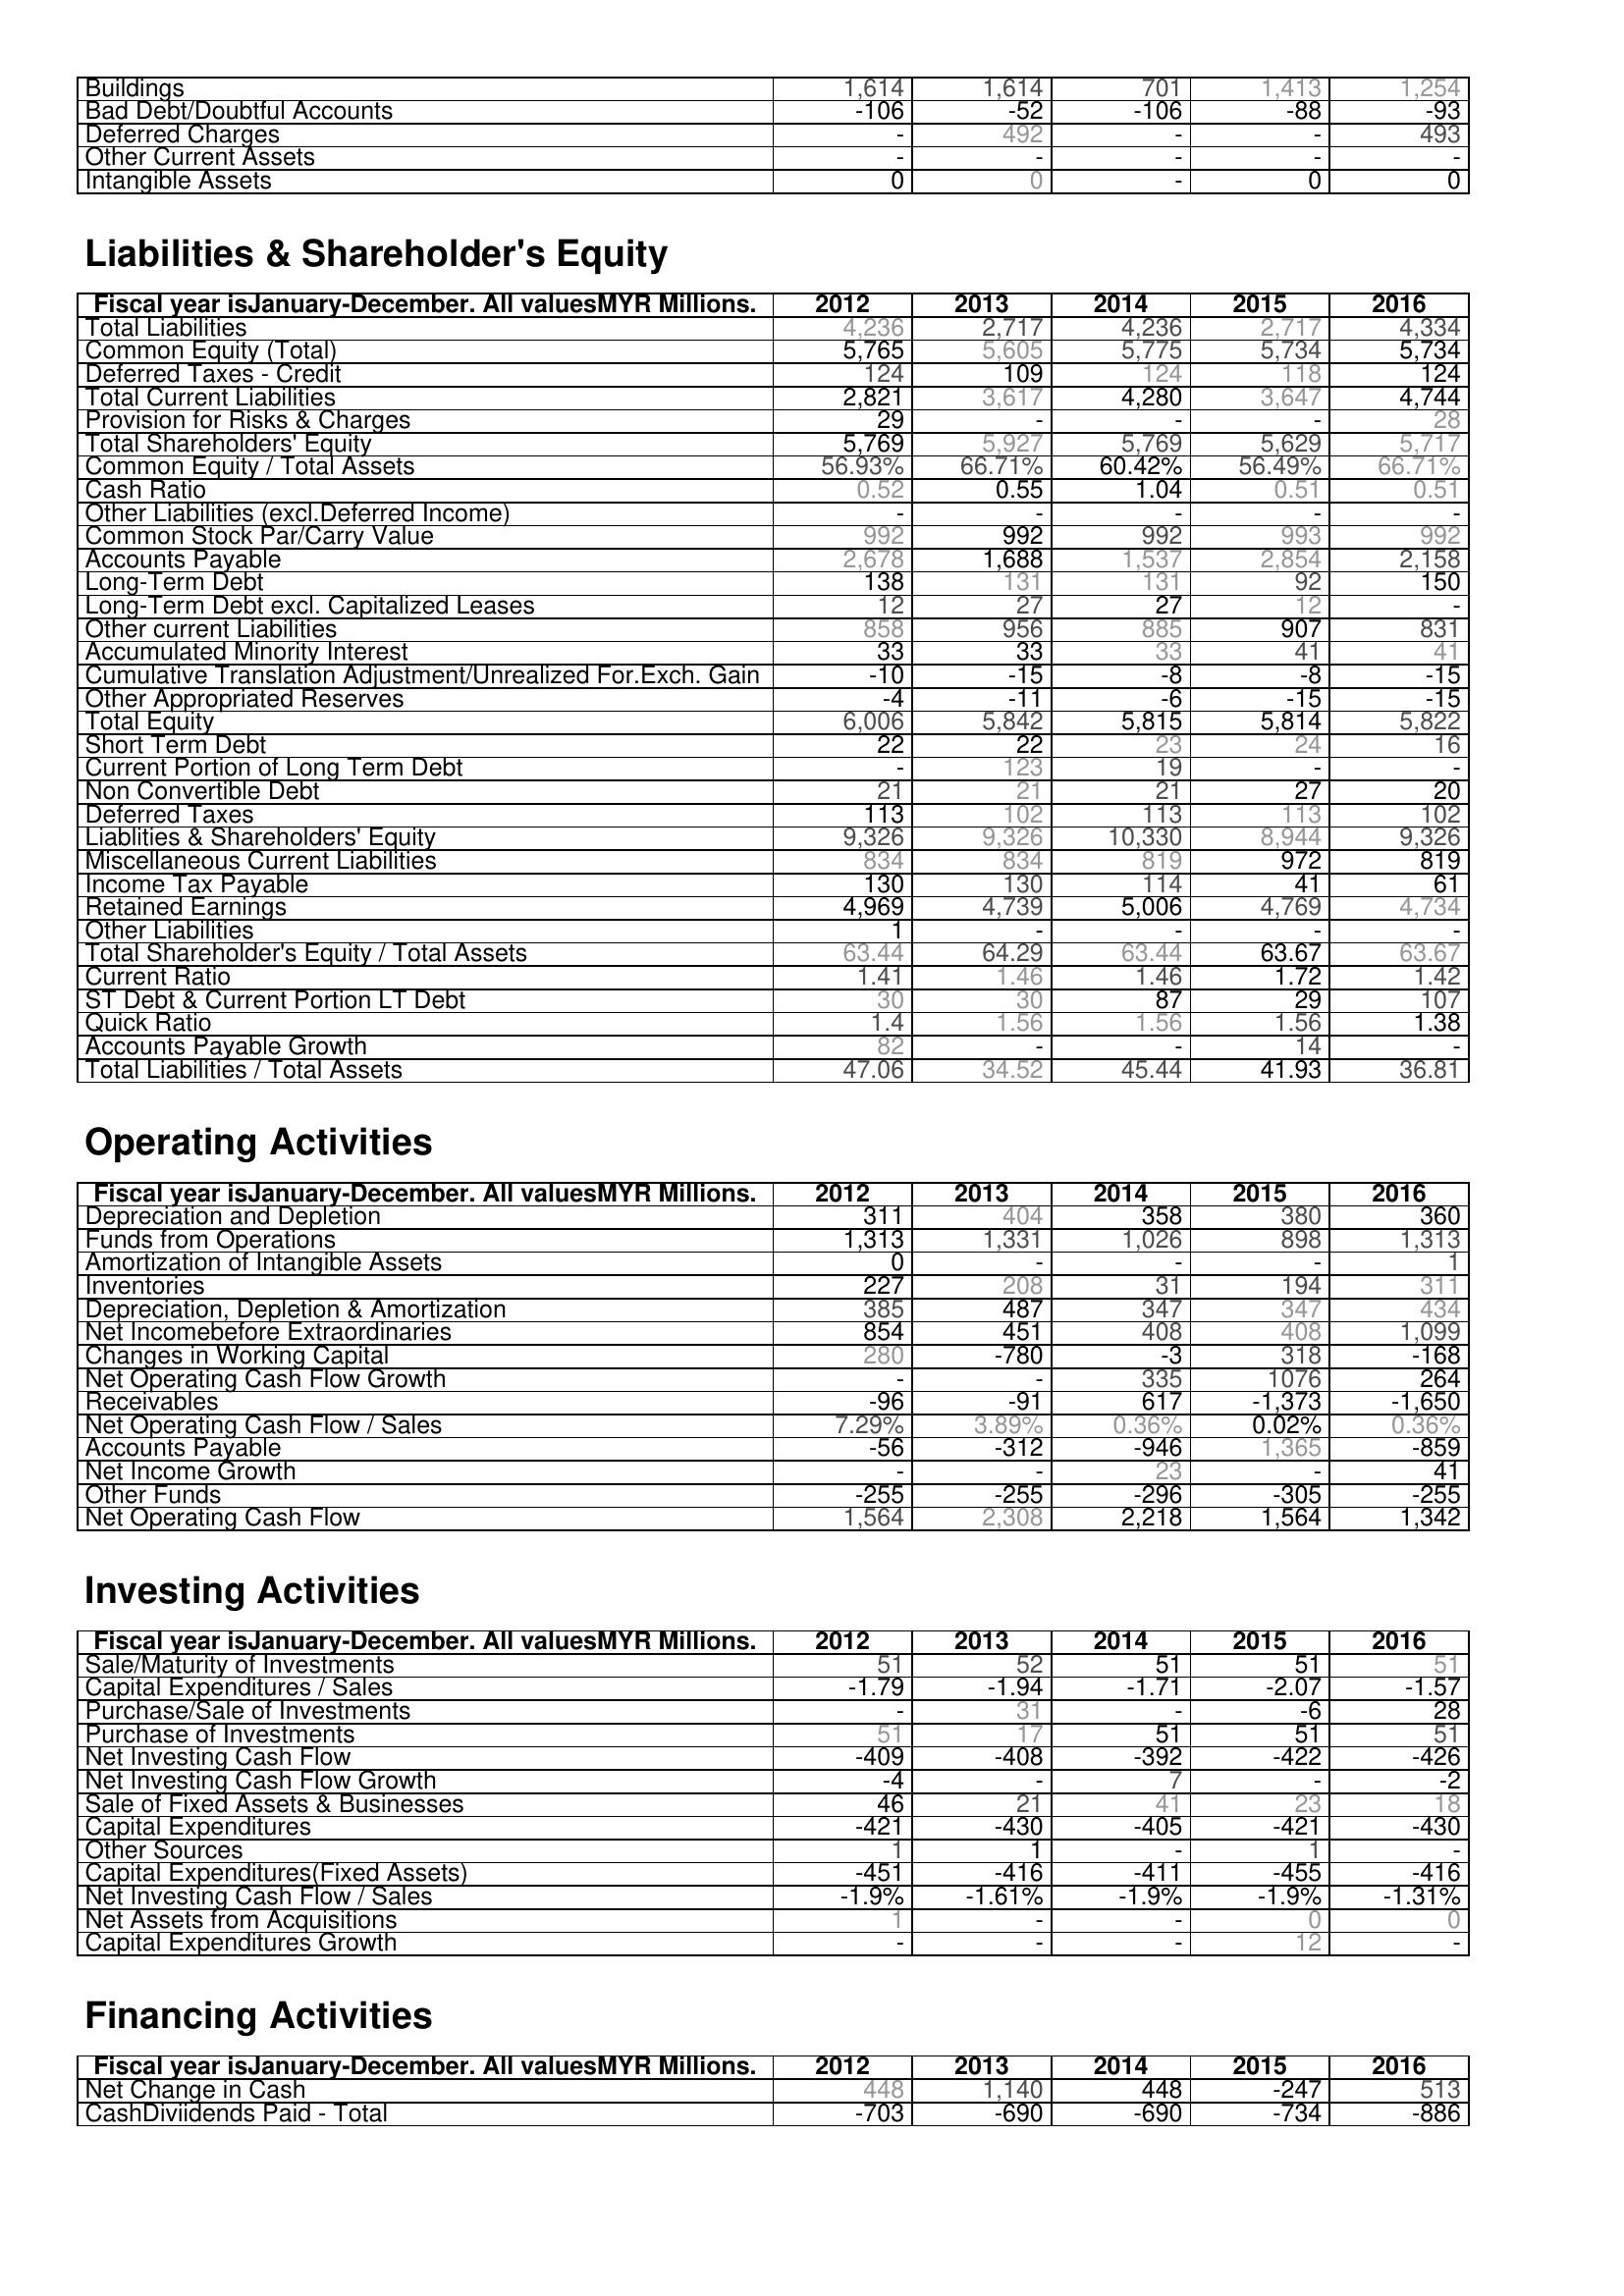
2012: Assets: Buildings: 1,614
Bad Debt/Doubtful Accounts: -106
Deferred Charges: -
Other Current Assets: -
Intangible Assets: 0
Liabilities & Shareholder's Equity: Total Liabilities: 4,236
Common Equity (Total): 5,765
Deferred Taxes - Credit: 124
Total Current Liabilities: 2,821
Provision for Risks & Charges: 29
Total Shareholders' Equity: 5,769
Common Equity / Total Assets: 56.93%
Cash Ratio: 0.52
Other Liabilities (excl.Deferred Income): -
Common Stock Par/Carry Value: 992
Accounts Payable: 2,678
Long-Term Debt: 138
Long-Term Debt excl. Capitalized Leases: 12
Other current Liabilities: 858
Accumulated Minority Interest: 33
Cumulative Translation Adjustment/Unrealized For.Exch. Gain: -10
Other Appropriated Reserves: -4
Total Equity: 6,006
Short Term Debt: 22
Current Portion of Long Term Debt: -
Non Convertible Debt: 21
Deferred Taxes: 113
Liablities & Shareholders' Equity: 9,326
Miscellaneous Current Liabilities: 834
Income Tax Payable: 130
Retained Earnings: 4,969
Other Liabilities: 1
Total Shareholder's Equity / Total Assets: 63.44
Current Ratio: 1.41
ST Debt & Current Portion LT Debt: 30
Quick Ratio: 1.4
Accounts Payable Growth: 82
Total Liabilities / Total Assets: 47.06
Operating Activities: Depreciation and Depletion: 311
Funds from Operations: 1,313
Amortization of Intangible Assets: 0
Inventories: 227
Depreciation, Depletion & Amortization: 385
Net Incomebefore Extraordinaries: 854
Changes in Working Capital: 280
Net Operating Cash Flow Growth: -
Receivables: -96
Net Operating Cash Flow / Sales: 7.29%
Accounts Payable: -56
Net Income Growth: -
Other Funds: -255
Net Operating Cash Flow: 1,564
Investing Activities: Sale/Maturity of Investments: 51
Capital Expenditures / Sales: -1.79
Purchase/Sale of Investments: -
Purchase of Investments: 51
Net Investing Cash Flow: -409
Net Investing Cash Flow Growth: -4
Sale of Fixed Assets & Businesses: 46
Capital Expenditures: -421
Other Sources: 1
Capital Expenditures(Fixed Assets): -451
Net Investing Cash Flow / Sales: -1.9%
Net Assets from Acquisitions: 1
Capital Expenditures Growth: -
Financing Activities: Net Change in Cash: 448
CashDiviidends Paid - Total: -703
2013: Assets: Buildings: 1,614
Bad Debt/Doubtful Accounts: -52
Deferred Charges: 492
Other Current Assets: -
Intangible Assets: 0
Liabilities & Shareholder's Equity: Total Liabilities: 2,717
Common Equity (Total): 5,605
Deferred Taxes - Credit: 109
Total Current Liabilities: 3,617
Provision for Risks & Charges: -
Total Shareholders' Equity: 5,927
Common Equity / Total Assets: 66.71%
Cash Ratio: 0.55
Other Liabilities (excl.Deferred Income): -
Common Stock Par/Carry Value: 992
Accounts Payable: 1,688
Long-Term Debt: 131
Long-Term Debt excl. Capitalized Leases: 27
Other current Liabilities: 956
Accumulated Minority Interest: 33
Cumulative Translation Adjustment/Unrealized For.Exch. Gain: -15
Other Appropriated Reserves: -11
Total Equity: 5,842
Short Term Debt: 22
Current Portion of Long Term Debt: 123
Non Convertible Debt: 21
Deferred Taxes: 102
Liablities & Shareholders' Equity: 9,326
Miscellaneous Current Liabilities: 834
Income Tax Payable: 130
Retained Earnings: 4,739
Other Liabilities: -
Total Shareholder's Equity / Total Assets: 64.29
Current Ratio: 1.46
ST Debt & Current Portion LT Debt: 30
Quick Ratio: 1.56
Accounts Payable Growth: -
Total Liabilities / Total Assets: 34.52
Operating Activities: Depreciation and Depletion: 404
Funds from Operations: 1,331
Amortization of Intangible Assets: -
Inventories: 208
Depreciation, Depletion & Amortization: 487
Net Incomebefore Extraordinaries: 451
Changes in Working Capital: -780
Net Operating Cash Flow Growth: -
Receivables: -91
Net Operating Cash Flow / Sales: 3.89%
Accounts Payable: -312
Net Income Growth: -
Other Funds: -255
Net Operating Cash Flow: 2,308
Investing Activities: Sale/Maturity of Investments: 52
Capital Expenditures / Sales: -1.94
Purchase/Sale of Investments: 31
Purchase of Investments: 17
Net Investing Cash Flow: -408
Net Investing Cash Flow Growth: -
Sale of Fixed Assets & Businesses: 21
Capital Expenditures: -430
Other Sources: 1
Capital Expenditures(Fixed Assets): -416
Net Investing Cash Flow / Sales: -1.61%
Net Assets from Acquisitions: -
Capital Expenditures Growth: -
Financing Activities: Net Change in Cash: 1,140
CashDiviidends Paid - Total: -690
2014: Assets: Buildings: 701
Bad Debt/Doubtful Accounts: -106
Deferred Charges: -
Other Current Assets: -
Intangible Assets: -
Liabilities & Shareholder's Equity: Total Liabilities: 4,236
Common Equity (Total): 5,775
Deferred Taxes - Credit: 124
Total Current Liabilities: 4,280
Provision for Risks & Charges: -
Total Shareholders' Equity: 5,769
Common Equity / Total Assets: 60.42%
Cash Ratio: 1.04
Other Liabilities (excl.Deferred Income): -
Common Stock Par/Carry Value: 992
Accounts Payable: 1,537
Long-Term Debt: 131
Long-Term Debt excl. Capitalized Leases: 27
Other current Liabilities: 885
Accumulated Minority Interest: 33
Cumulative Translation Adjustment/Unrealized For.Exch. Gain: -8
Other Appropriated Reserves: -6
Total Equity: 5,815
Short Term Debt: 23
Current Portion of Long Term Debt: 19
Non Convertible Debt: 21
Deferred Taxes: 113
Liablities & Shareholders' Equity: 10,330
Miscellaneous Current Liabilities: 819
Income Tax Payable: 114
Retained Earnings: 5,006
Other Liabilities: -
Total Shareholder's Equity / Total Assets: 63.44
Current Ratio: 1.46
ST Debt & Current Portion LT Debt: 87
Quick Ratio: 1.56
Accounts Payable Growth: -
Total Liabilities / Total Assets: 45.44
Operating Activities: Depreciation and Depletion: 358
Funds from Operations: 1,026
Amortization of Intangible Assets: -
Inventories: 31
Depreciation, Depletion & Amortization: 347
Net Incomebefore Extraordinaries: 408
Changes in Working Capital: -3
Net Operating Cash Flow Growth: 335
Receivables: 617
Net Operating Cash Flow / Sales: 0.36%
Accounts Payable: -946
Net Income Growth: 23
Other Funds: -296
Net Operating Cash Flow: 2,218
Investing Activities: Sale/Maturity of Investments: 51
Capital Expenditures / Sales: -1.71
Purchase/Sale of Investments: -
Purchase of Investments: 51
Net Investing Cash Flow: -392
Net Investing Cash Flow Growth: 7
Sale of Fixed Assets & Businesses: 41
Capital Expenditures: -405
Other Sources: -
Capital Expenditures(Fixed Assets): -411
Net Investing Cash Flow / Sales: -1.9%
Net Assets from Acquisitions: -
Capital Expenditures Growth: -
Financing Activities: Net Change in Cash: 448
CashDiviidends Paid - Total: -690
2015: Assets: Buildings: 1,413
Bad Debt/Doubtful Accounts: -88
Deferred Charges: -
Other Current Assets: -
Intangible Assets: 0
Liabilities & Shareholder's Equity: Total Liabilities: 2,717
Common Equity (Total): 5,734
Deferred Taxes - Credit: 118
Total Current Liabilities: 3,647
Provision for Risks & Charges: -
Total Shareholders' Equity: 5,629
Common Equity / Total Assets: 56.49%
Cash Ratio: 0.51
Other Liabilities (excl.Deferred Income): -
Common Stock Par/Carry Value: 993
Accounts Payable: 2,854
Long-Term Debt: 92
Long-Term Debt excl. Capitalized Leases: 12
Other current Liabilities: 907
Accumulated Minority Interest: 41
Cumulative Translation Adjustment/Unrealized For.Exch. Gain: -8
Other Appropriated Reserves: -15
Total Equity: 5,814
Short Term Debt: 24
Current Portion of Long Term Debt: -
Non Convertible Debt: 27
Deferred Taxes: 113
Liablities & Shareholders' Equity: 8,944
Miscellaneous Current Liabilities: 972
Income Tax Payable: 41
Retained Earnings: 4,769
Other Liabilities: -
Total Shareholder's Equity / Total Assets: 63.67
Current Ratio: 1.72
ST Debt & Current Portion LT Debt: 29
Quick Ratio: 1.56
Accounts Payable Growth: 14
Total Liabilities / Total Assets: 41.93
Operating Activities: Depreciation and Depletion: 380
Funds from Operations: 898
Amortization of Intangible Assets: -
Inventories: 194
Depreciation, Depletion & Amortization: 347
Net Incomebefore Extraordinaries: 408
Changes in Working Capital: 318
Net Operating Cash Flow Growth: 1076
Receivables: -1,373
Net Operating Cash Flow / Sales: 0.02%
Accounts Payable: 1,365
Net Income Growth: -
Other Funds: -305
Net Operating Cash Flow: 1,564
Investing Activities: Sale/Maturity of Investments: 51
Capital Expenditures / Sales: -2.07
Purchase/Sale of Investments: -6
Purchase of Investments: 51
Net Investing Cash Flow: -422
Net Investing Cash Flow Growth: -
Sale of Fixed Assets & Businesses: 23
Capital Expenditures: -421
Other Sources: 1
Capital Expenditures(Fixed Assets): -455
Net Investing Cash Flow / Sales: -1.9%
Net Assets from Acquisitions: 0
Capital Expenditures Growth: 12
Financing Activities: Net Change in Cash: -247
CashDiviidends Paid - Total: -734
2016: Assets: Buildings: 1,254
Bad Debt/Doubtful Accounts: -93
Deferred Charges: 493
Other Current Assets: -
Intangible Assets: 0
Liabilities & Shareholder's Equity: Total Liabilities: 4,334
Common Equity (Total): 5,734
Deferred Taxes - Credit: 124
Total Current Liabilities: 4,744
Provision for Risks & Charges: 28
Total Shareholders' Equity: 5,717
Common Equity / Total Assets: 66.71%
Cash Ratio: 0.51
Other Liabilities (excl.Deferred Income): -
Common Stock Par/Carry Value: 992
Accounts Payable: 2,158
Long-Term Debt: 150
Long-Term Debt excl. Capitalized Leases: -
Other current Liabilities: 831
Accumulated Minority Interest: 41
Cumulative Translation Adjustment/Unrealized For.Exch. Gain: -15
Other Appropriated Reserves: -15
Total Equity: 5,822
Short Term Debt: 16
Current Portion of Long Term Debt: -
Non Convertible Debt: 20
Deferred Taxes: 102
Liablities & Shareholders' Equity: 9,326
Miscellaneous Current Liabilities: 819
Income Tax Payable: 61
Retained Earnings: 4,734
Other Liabilities: -
Total Shareholder's Equity / Total Assets: 63.67
Current Ratio: 1.42
ST Debt & Current Portion LT Debt: 107
Quick Ratio: 1.38
Accounts Payable Growth: -
Total Liabilities / Total Assets: 36.81
Operating Activities: Depreciation and Depletion: 360
Funds from Operations: 1,313
Amortization of Intangible Assets: 1
Inventories: 311
Depreciation, Depletion & Amortization: 434
Net Incomebefore Extraordinaries: 1,099
Changes in Working Capital: -168
Net Operating Cash Flow Growth: 264
Receivables: -1,650
Net Operating Cash Flow / Sales: 0.36%
Accounts Payable: -859
Net Income Growth: 41
Other Funds: -255
Net Operating Cash Flow: 1,342
Investing Activities: Sale/Maturity of Investments: 51
Capital Expenditures / Sales: -1.57
Purchase/Sale of Investments: 28
Purchase of Investments: 51
Net Investing Cash Flow: -426
Net Investing Cash Flow Growth: -2
Sale of Fixed Assets & Businesses: 18
Capital Expenditures: -430
Other Sources: -
Capital Expenditures(Fixed Assets): -416
Net Investing Cash Flow / Sales: -1.31%
Net Assets from Acquisitions: 0
Capital Expenditures Growth: -
Financing Activities: Net Change in Cash: 513
CashDiviidends Paid - Total: -886